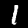
Label: 1